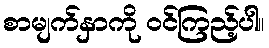
စာမျက်နှာကို ဝင်ကြည့်ပါ။